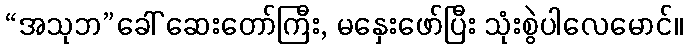
“အသုဘ”ခေါ် ဆေးတော်ကြီး, မနှေးဖော်ပြီး သုံးစွဲပါလေမောင်။